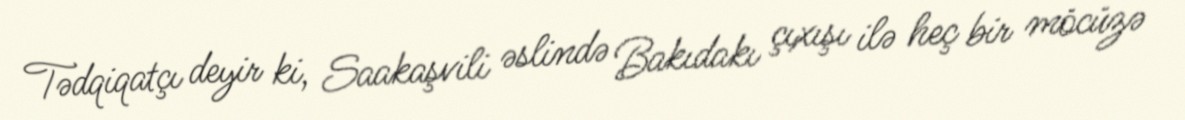
Tədqiqatçı deyir ki, Saakaşvili əslində Bakıdakı çıxışı ilə heç bir möcüzə